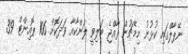
ނޭޕާލްގައި ކުޅުނު މިމެޗުން ރާއްޖެ ބަލިވީ ލަންކާއާ ވަދަކޮށް 106 ޕޮއިންޓް 39